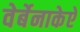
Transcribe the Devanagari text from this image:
वेर्बेनाकेऐ